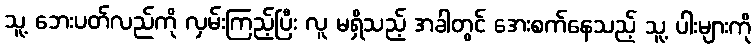
သူ့ ဘေးပတ်လည်ကို လှမ်းကြည့်ပြီး လူ မရှိသည့် အခါတွင် အေးစက်နေသည့် သူ့ ပါးများကို